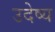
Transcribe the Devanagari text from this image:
उदेष्य